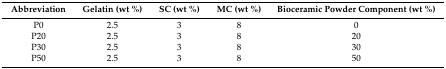
<table><thead><tr><td><b>Abbreviation</b></td><td><b>Gelatin (wt %)</b></td><td><b>SC (wt %)</b></td><td><b>MC (wt %)</b></td><td><b>Bioceramic Powder Component (wt %) </b></td></tr></thead><tbody><tr><td>P0</td><td>2.5</td><td>3</td><td>8</td><td>0</td></tr><tr><td>P20</td><td>2.5</td><td>3</td><td>8</td><td>20</td></tr><tr><td>P30</td><td>2.5</td><td>3</td><td>8</td><td>30</td></tr><tr><td>P50</td><td>2.5</td><td>3</td><td>8</td><td>50</td></tr></tbody></table>